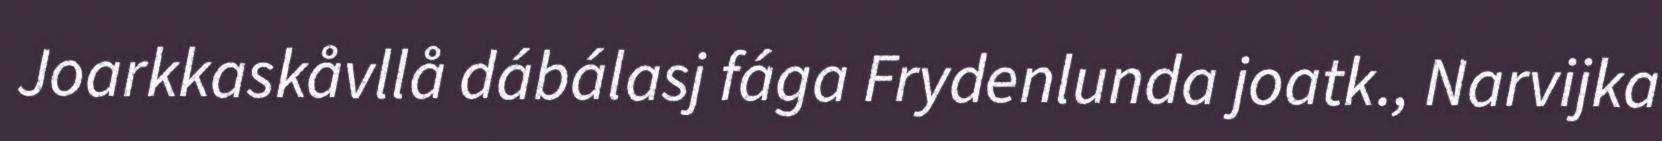
Joarkkaskåvllå dábálasj fága Frydenlunda joatk., Narvijka